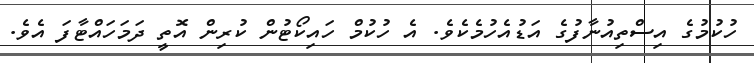
ހުކުމުގެ އިސްތިއުނާފުގެ އަޑުއެހުމެކެވެ. އެ ހުކުމް ހައިކޯޓުން ކުރިން އޮތީ ދަމަހައްޓާފަ އެވެ.